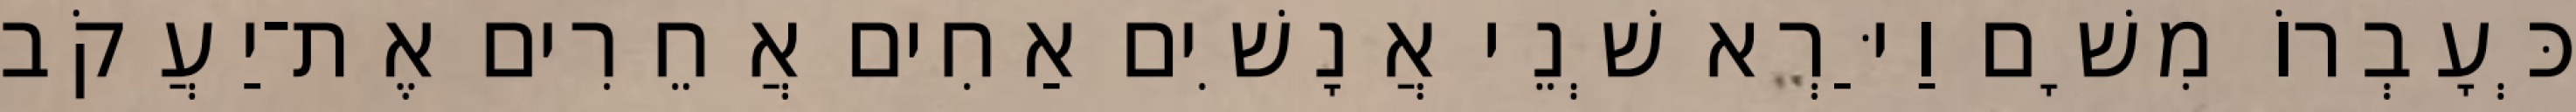
כְּעָבְרוֹ מִשָׁם וַיַּרְא שְׁנֵי אֲנָשִׁים אַחִים אֲחֵרִים אֶת־יַעֲקֹב